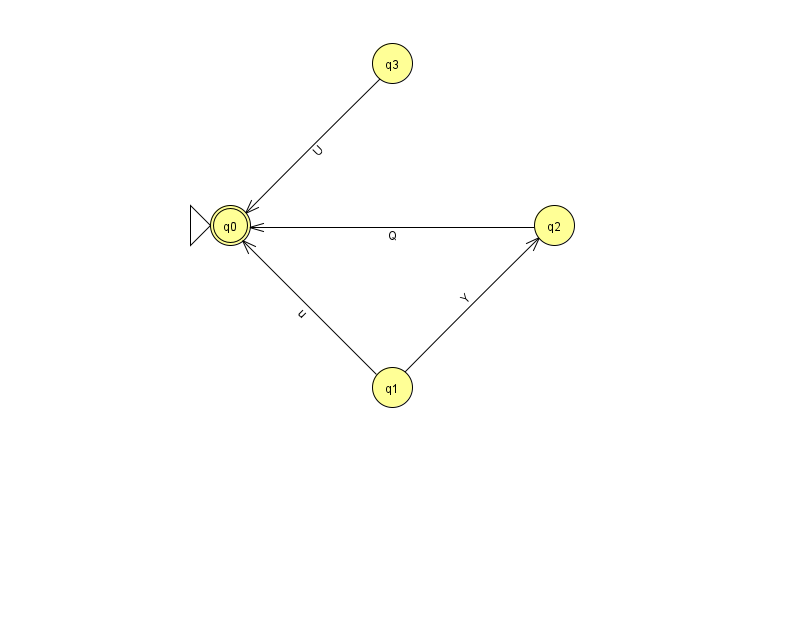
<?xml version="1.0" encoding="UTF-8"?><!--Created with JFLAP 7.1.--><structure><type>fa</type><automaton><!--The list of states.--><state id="0" name="q0"><x>230.0</x><y>212.0</y><initial/><final/></state><state id="1" name="q1"><x>392.0</x><y>374.0</y></state><state id="2" name="q2"><x>554.0</x><y>212.0</y></state><state id="3" name="q3"><x>392.0</x><y>50.0</y></state><!--The list of transitions.--><transition><from>3</from><to>0</to><read>U</read></transition><transition><from>1</from><to>0</to><read>u</read></transition><transition><from>1</from><to>2</to><read>Y</read></transition><transition><from>2</from><to>0</to><read>Q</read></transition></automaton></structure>